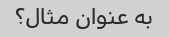
به عنوان مثال؟